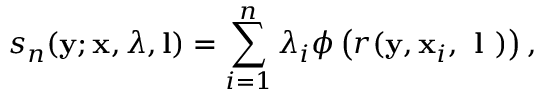
s _ { n } ( \ensuremath { \mathbf { y } } ; \ensuremath { \mathbf { x } } , \boldsymbol { \lambda } , \mathbf { l } ) = \sum _ { i = 1 } ^ { n } \lambda _ { i } \phi \left( r ( \ensuremath { \mathbf { y } } , \ensuremath { \mathbf { x } } _ { i } , \textbf { l } ) \right) ,